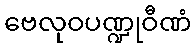
ဗေလုဝပဏ္ဍုဝီဏံ